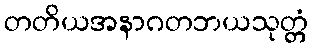
တတိယအနာဂတဘယသုတ္တံ